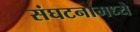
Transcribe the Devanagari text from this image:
संघटनामध्ये